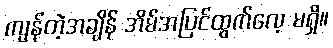
ကျန်တဲ့အချိန် အိမ်အပြင်ထွက်လေ့ မရှိ။